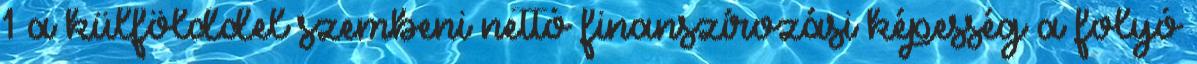
1 a külfölddel szembeni nettó finanszírozási képesség a folyó